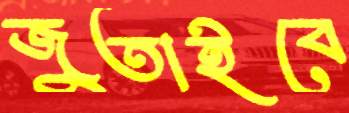
জুতাইবে